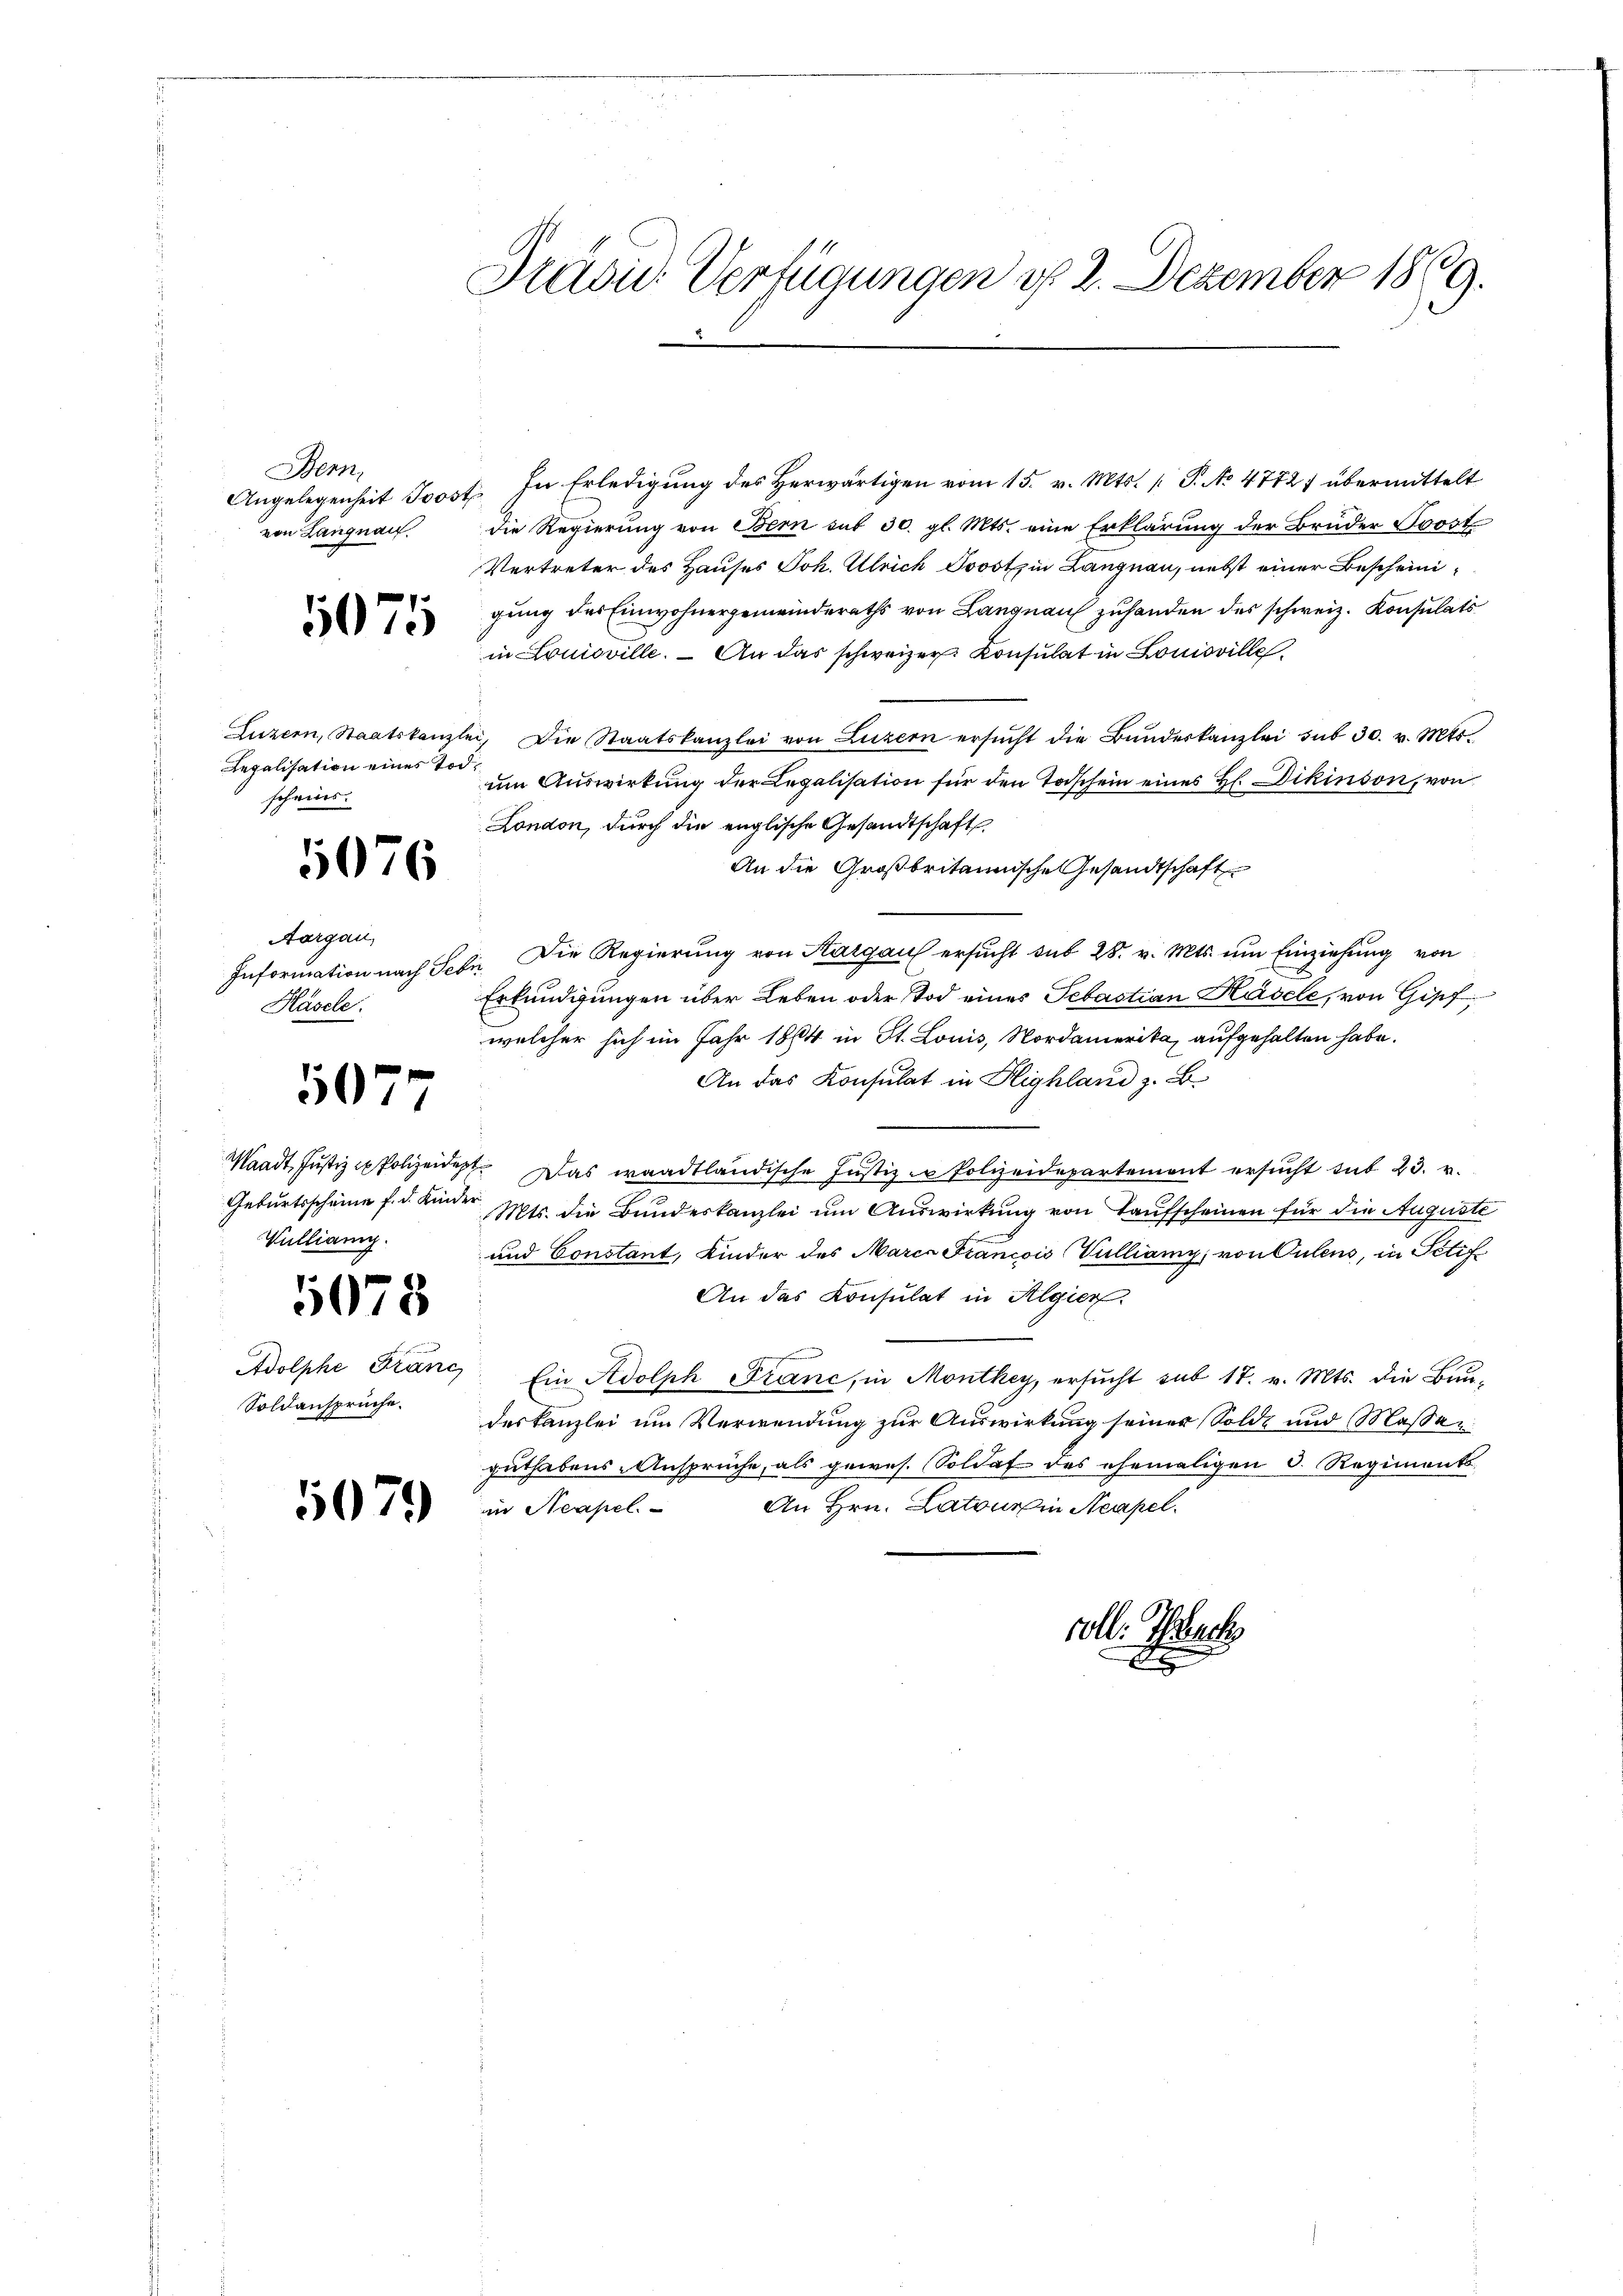
Präsid. Verfügungen d. 2. Dezember 1869.

1. In Erledigung des Herwärtigen vom 15. v. Mts. [ P. No 47727 übermittelt
die Regierung von Bern sit 30. gl. Mts. eine Erklärung der Bruder Post
Vertreter des Hauses Joh. Ulrich Jovotz in Langnau, nebst einer Bescheinigung des Einwohnergemeinderaths von Langnau zuhanden des schweiz. Konsulats
in Louisville. — An das schweizer Konsulat in Louisville
Luzern, Staatskanzlei, die Staatskanzlei von Luzern ersŭcht die Bŭndeskanzlei sub 30. v. Mts.
um Auswirkung der Legalisation für den Todschein eines Hl. Dikinson, von
London, durch die englische Gesandtschafts
An die Großbritannische Gesandtschaft
 Die Regierung von Aargau ersucht sub 28. v. Mts. um Einziehung von
Erkundigungen über Leben oder Tod eines Sebastian Käsele, von Gipf
welcher sich im Jahr 1864 in St. Louis, Nordamerika, aufgehalten habe.
An das Konsulat in Highland z. B.
Waadt Jŭstiz u Polizeidet. Das waadtländische Justiz in Polizeidepartement ersŭcht sub 23. v.
Geburtsscheine f. d. Kinder. Mts. die Bundeskanzlei um Auswirkung von Taufscheinen für die Auguste
und Constant, Kinder des Marca Francois Vulliamy, von Culens, in Petif
An das Konsulat in Algier
Ein Adolph Franc, in Monthey, ersucht sub 17. v. Mts. die Baudeskanzlei um Verwendung zur Auswirkung seiner Solde und Massen
guthabens-Ansprüche, als gewes. Soldat des ehemaligen d. Regiments-
An Hrn. Latour in Neapel.
in Neapel.

Bern
Angelegenheit Jost
von Langnau.

5075

Legalisation eines Tod.
schreies.

1076

Aargau,
Information nach Tes
Häscle.

5077

Vulliang.

5078

Adolphe Franc
Soldansprüche.

5079

Di

coll: Tuch